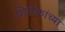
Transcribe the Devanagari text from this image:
शिरिकांच्या